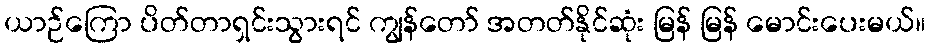
ယာဉ်ကြော ပိတ်တာရှင်းသွားရင် ကျွန်တော် အတတ်နိုင်ဆုံး မြန် မြန် မောင်းပေးမယ်။